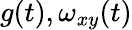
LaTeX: g(t),\omega_{xy}(t)